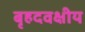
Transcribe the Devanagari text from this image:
बृहदवक्षीय